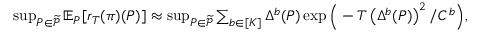
\begin{array} { r l } & { \operatorname* { s u p } _ { P \in \widetilde { \mathcal { P } } } \mathbb { E } _ { P } [ r _ { T } ( \pi ) ( P ) ] \approx \operatorname* { s u p } _ { P \in \widetilde { \mathcal { P } } } \sum _ { b \in [ K ] } \Delta ^ { b } ( P ) \exp \Big ( - T \left( \Delta ^ { b } ( P ) \right) ^ { 2 } / C ^ { b } \Big ) , } \end{array}